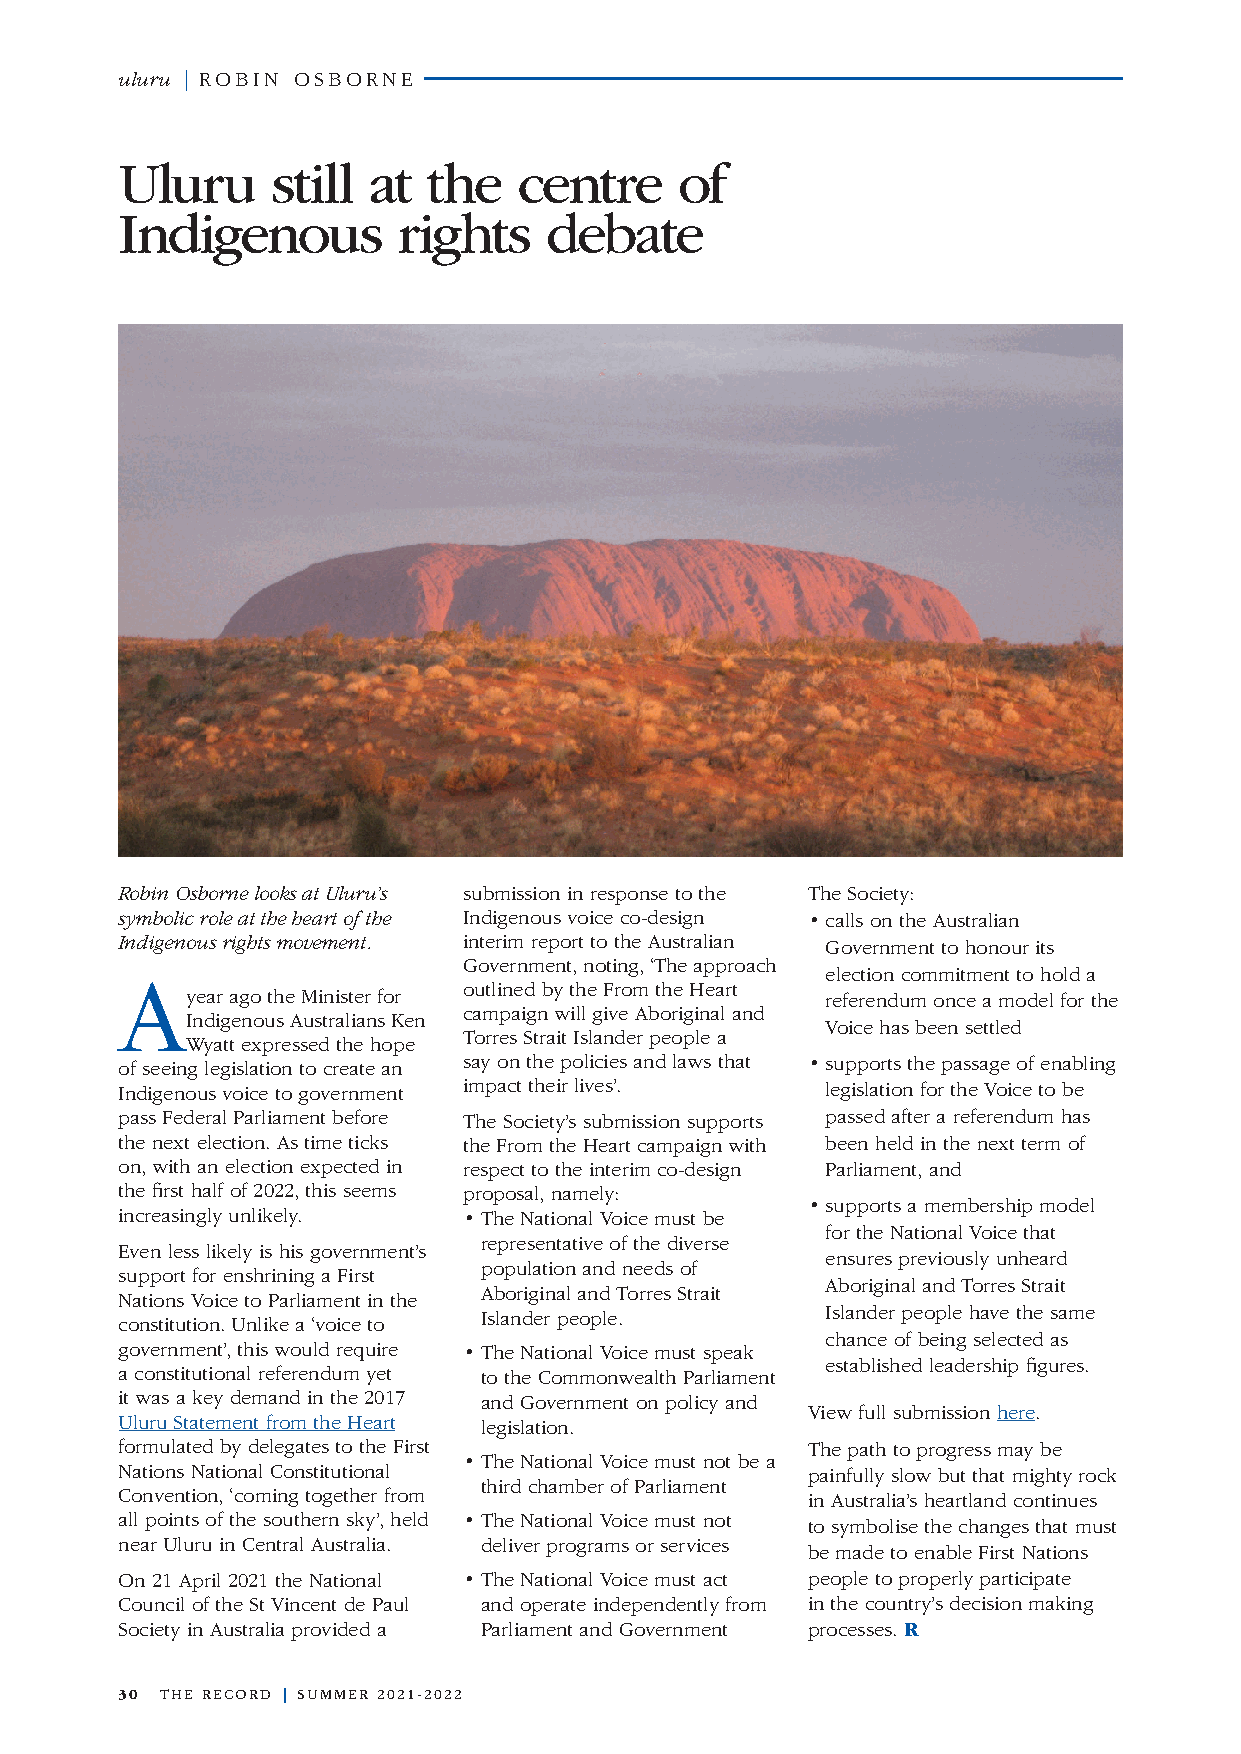
uluru | ROBIN OSBORNE
 Uluru     still at  the   centre     of
 Indigenous        rights    debate
 Robin Osborne looks at Uluru’s submission in response to the The Society:
 symbolic role at the heart of the Indigenous voice co-design • calls on the Australian
 Indigenous rights movement. interim report to the Australian Government to honour its
 Government, noting, ‘The approach
 A                                              election commitment to hold a
 outlined by the From the Heart
 year ago the Minister for                  referendum once a model for the
 campaign will give Aboriginal and
 Indigenous Australians Ken
 Voice has been settled
 Torres Strait Islander people a
 Wyatt expressed the hope
 of seeing legislation to create an say on the policies and laws that • supports the passage of enabling
 Indigenous voice to government impact their lives’. legislation for the Voice to be
 pass Federal Parliament before The Society’s submission supports passed after a referendum has
 the next election. As time ticks the From the Heart campaign with been held in the next term of
 on, with an election expected in respect to the interim co-design Parliament, and
 the first half of 2022, this seems proposal, namely:
 • supports a membership model
 increasingly unlikely. • The National Voice must be
 for the National Voice that
 representative of the diverse
 Even less likely is his government’s
 ensures previously unheard
 population and needs of
 support for enshrining a First
 Aboriginal and Torres Strait
 Aboriginal and Torres Strait
 Nations Voice to Parliament in the
 Islander people have the same
 constitution. Unlike a ‘voice to Islander people.
 chance of being selected as
 government’, this would require • The National Voice must speak
 established leadership figures.
 a constitutional referendum yet to the Commonwealth Parliament
 it was a key demand in the 2017 and Government on policy and
 View full submission here.
 Uluru Statement from the Heart legislation.
 formulated by delegates to the First         The path to progress may be
 • The National Voice must not be a
 Nations National Constitutional              painfully slow but that mighty rock
 third chamber of Parliament
 Convention, ‘coming together from            in Australia’s heartland continues
 all points of the southern sky’, held • The National Voice must not
 to symbolise the changes that must
 near Uluru in Central Australia. deliver programs or services
 be made to enable First Nations
 On 21 April 2021 the National • The National Voice must act people to properly participate
 Council of the St Vincent de Paul and operate independently from in the country’s decision making
 Society in Australia provided a Parliament and Government processes. R
 30 THE RECORD | SUMMER 2021-2022